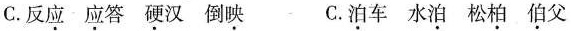
C.反应应答硬汉倒映 C.泊车水泊松柏伯父